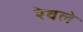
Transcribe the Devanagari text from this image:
रेवले